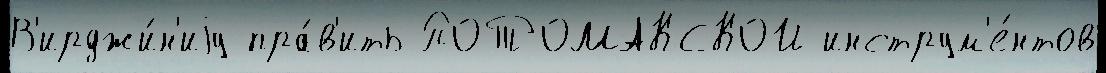
В'ирджи́н'иjу пра́в'ить ПОТОМАКСКОЙ инструм'е́нтов